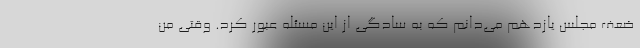
ضعف مجلس یازدهم می‌دانم که به سادگی از این مسئله عبور کرد. وقتی من